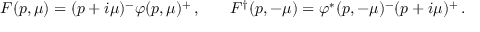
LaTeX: { \cal F } ( p , \mu ) = ( p + i \mu ) ^ { - } \varphi ( p , \mu ) ^ { + } \, , \quad \; \; \; { \cal F } ^ { \dagger } ( p , - \mu ) = \varphi ^ { * } ( p , - \mu ) ^ { - } ( p + i \mu ) ^ { + } \, .